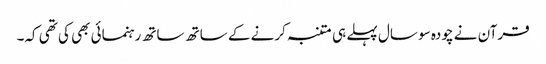
قرآن نے چودہ سو سال پہلے ہی متنبہ کرنے کے ساتھ ساتھ رہنمائی بھی کی تھی کہ۔